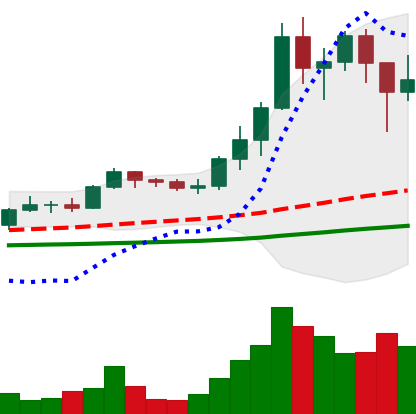
Ticker: ADA-USD
Chart end date: 2021-01-12
Forward return: 32.351%
Label: up_7plus